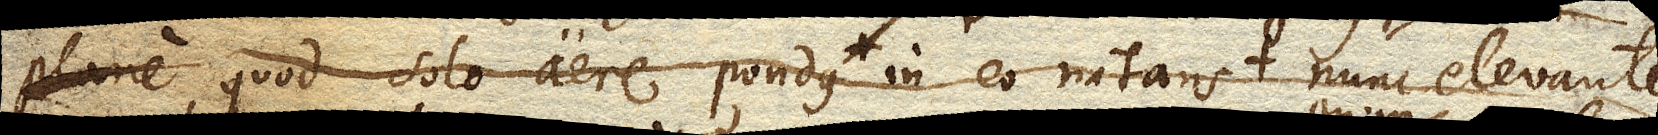
quod solo aere pondus in eo natans nunc elevante